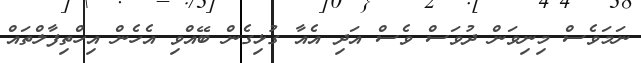
ނަމަވެސް މިނިވަން ދުވަސް ވެސް އަދި އެއާ ގުޅިގެން ބޭއްވި އެހެން އިހްތިފާލްތައް